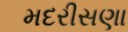
મદરીસણા